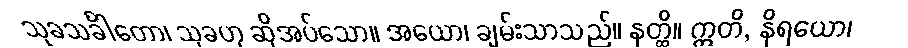
သုခသင်္ခါတော၊ သုခဟု ဆိုအပ်သော။ အယော၊ ချမ်းသာသည်။ နတ္ထိ။ ဣတိ, နိရယော၊